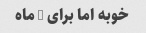
خوبه اما برای 6 ماه